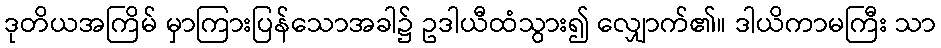
ဒုတိယအကြိမ် မှာကြားပြန်သောအခါ၌ ဥဒါယီထံသွား၍ လျှောက်၏။ ဒါယိကာမကြီး သာ